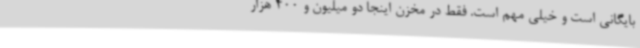
بایگانی است و خیلی مهم است. فقط در مخزن اینجا دو میلیون و 400 هزار